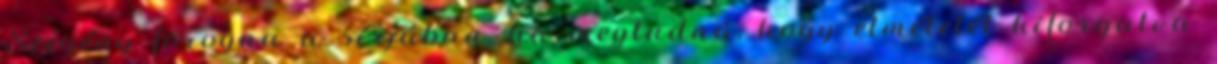
Szegény forogna a sírjában, ha megtudná, hogy elméletét kiforgatva